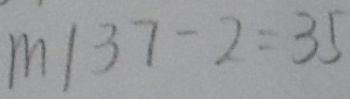
m \vert 3 7 - 2 = 3 5